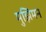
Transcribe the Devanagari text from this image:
मुझिमन